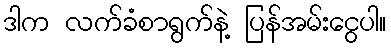
ဒါက လက်ခံစာရွက်နဲ့ ပြန်အမ်းငွေပါ။